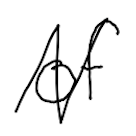
Text: of
Cross-out: zig-zag
Writing tool: digital_black